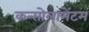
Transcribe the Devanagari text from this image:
कन्सोलामेंटम